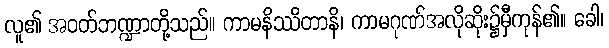
လူ၏ အဝတ်ဘဏ္ဍာတို့သည်။ ကာမနိဿိတာနိ၊ ကာမဂုဏ်အလိုဆိုး၌မှီကုန်၏။ ခေါ၊